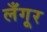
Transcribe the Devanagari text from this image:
लँगूर